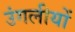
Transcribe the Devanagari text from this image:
उंगलीयों